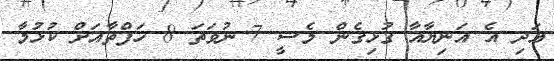
އަދި އެ އަނިޔާއާ ގުޅިގެން މެސީ 7 ނުވަތަ 8 ހަފްތާއަށް ކުޅުމާ